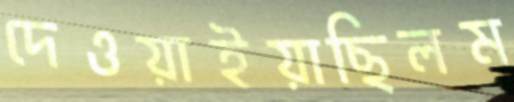
দেওয়াইয়াছিলম